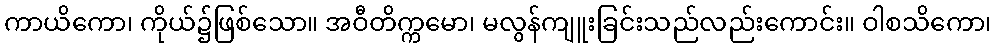
ကာယိကော၊ ကိုယ်၌ဖြစ်သော။ အဝီတိက္ကမော၊ မလွန်ကျူးခြင်းသည်လည်းကောင်း။ ဝါစသိကော၊